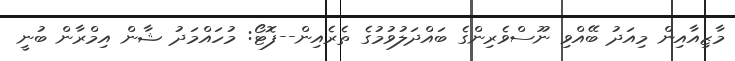
މާޒިއާއިން މިއަދު ބޭއްވި ނޫސްވެރިންގެ ބައްދަލުވުމުގެ ތެރެއިން--ފޮޓޯ: މުހައްމަދު ޝާން އިމްރާން ބުނީ